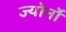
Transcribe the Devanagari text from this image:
ज्योर्नो